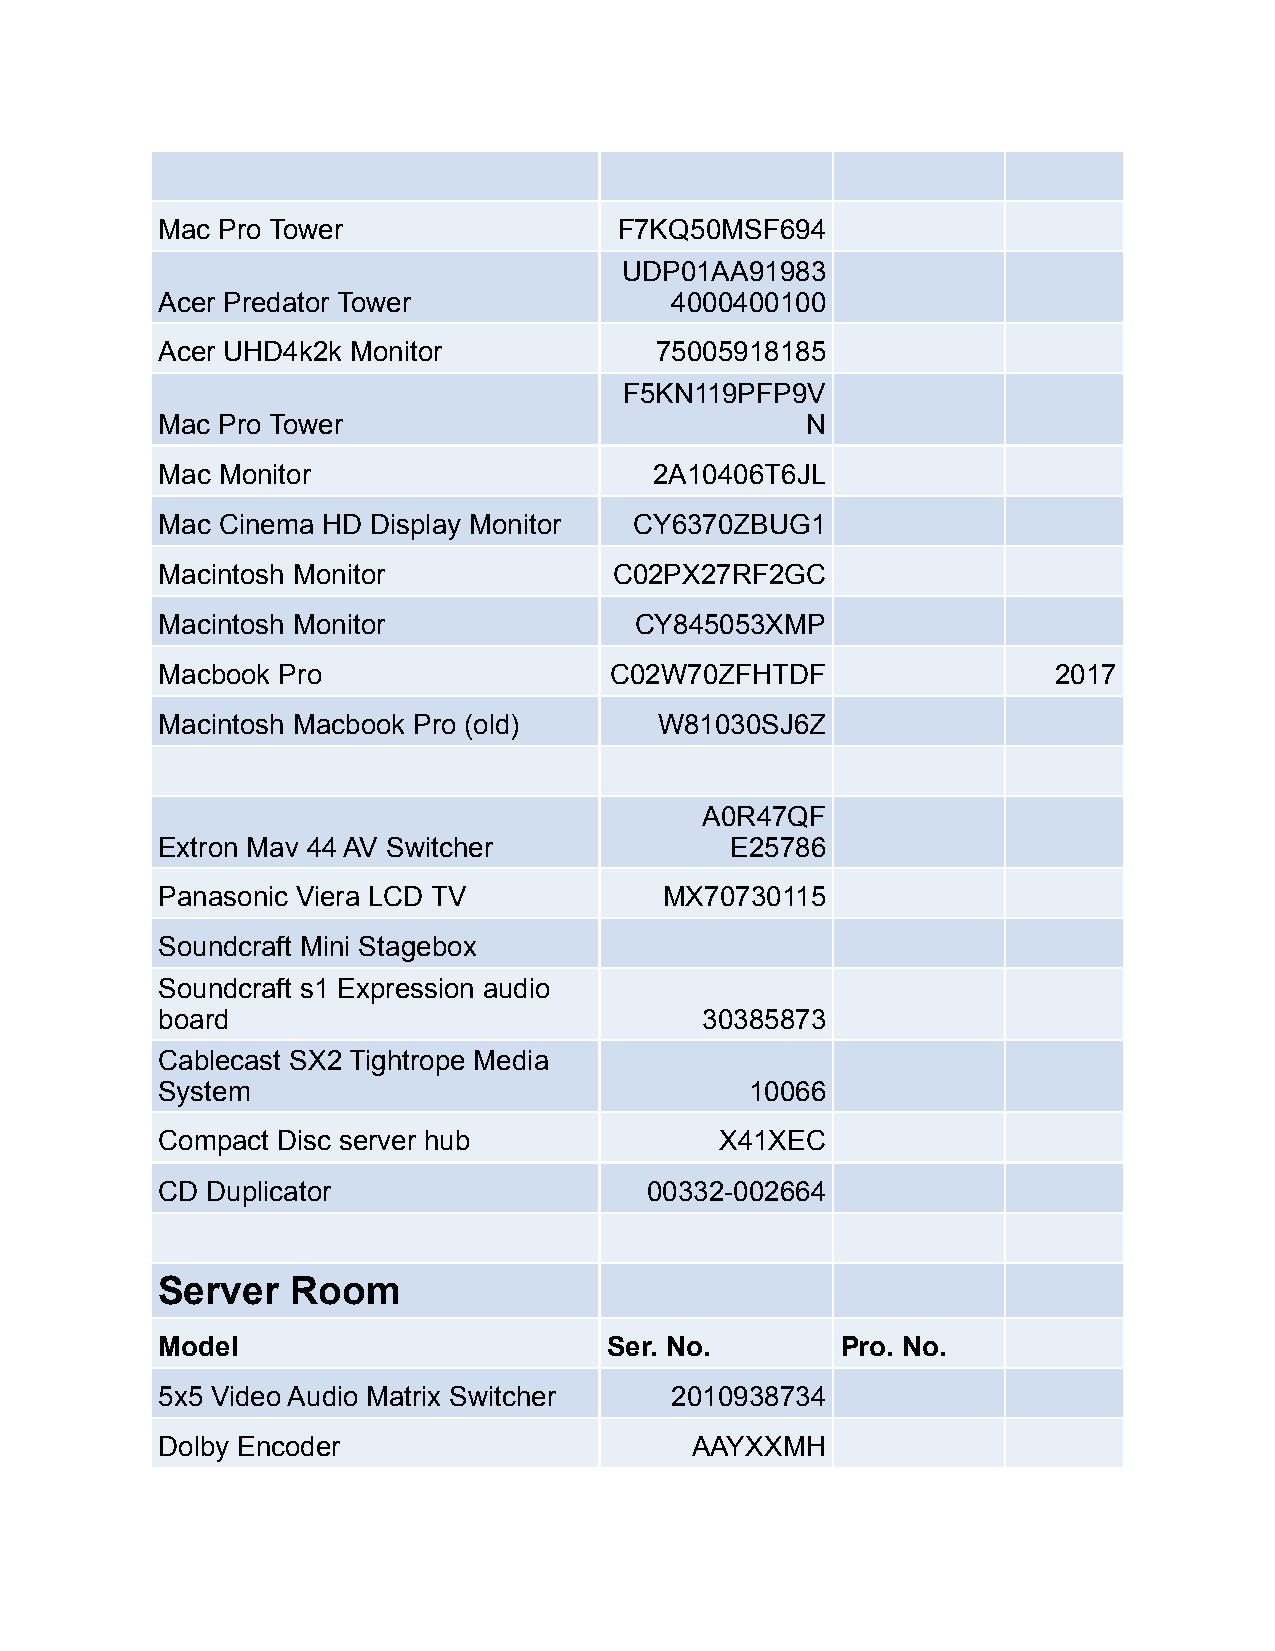
Mac Pro Tower                  F7KQ50MSF694
 UDP01AA91983
 Acer Predator Tower               4000400100
 Acer UHD4k2k Monitor             75005918185
 F5KN119PFP9V
 Mac Pro Tower                              N
 Mac Monitor                      2A10406T6JL
 Mac Cinema HD Display Monitor   CY6370ZBUG1
 Macintosh Monitor              C02PX27RF2GC
 Macintosh Monitor               CY845053XMP
 Macbook Pro                   C02W70ZFHTDF                  2017
 Macintosh Macbook Pro (old)       W81030SJ6Z
 A0R47QF
 Extron Mav 44 AV Switcher             E25786
 Panasonic Viera LCD TV            MX70730115
 Soundcraft Mini Stagebox
 Soundcraft s1 Expression audio
 board                                30385873
 Cablecast SX2 Tightrope Media
 System                                  10066
 Compact Disc server hub               X41XEC
 CD  Duplicator                   00332-002664
 Server   Room
 Model                         Ser. No.        Pro. No.
 5x5 Video Audio Matrix Switcher   2010938734
 Dolby Encoder                       AAYXXMH